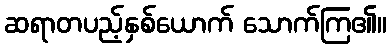
ဆရာတပည့်နှစ်ယောက် သောက်ကြ၏။